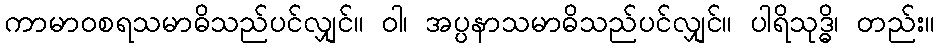
ကာမာဝစရသမာဓိသည်ပင်လျှင်။ ဝါ၊ အပ္ပနာသမာဓိသည်ပင်လျှင်။ ပါရိသုဒ္ဓိ၊ တည်း။